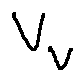
V _ { V }